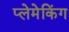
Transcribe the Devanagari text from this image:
प्लेमेकिंग